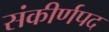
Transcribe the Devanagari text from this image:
संकीर्णपद